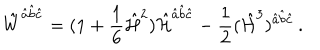
\hat { W } ^ { \hat { a } \hat { b } \hat { c } } = ( 1 + { \frac { 1 } { 6 } } \hat { \cal H } ^ { 2 } ) \hat { \cal H } ^ { \hat { a } \hat { b } \hat { c } } - { \frac { 1 } { 2 } } ( \hat { \cal H } ^ { 3 } ) ^ { \hat { a } \hat { b } \hat { c } } \, .